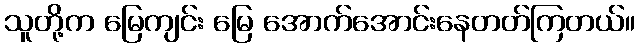
သူတို့က မြေကျင်း မြေ အောက်အောင်းနေတတ်ကြတယ်။